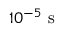
1 0 ^ { - 5 } \mathrm { ~ s ~ }